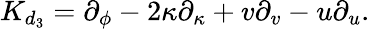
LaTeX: {K}_{d_{3}}=\partial_{\phi}-2\kappa\partial_{\kappa}+v\partial_{v}-u\partial_{u}.